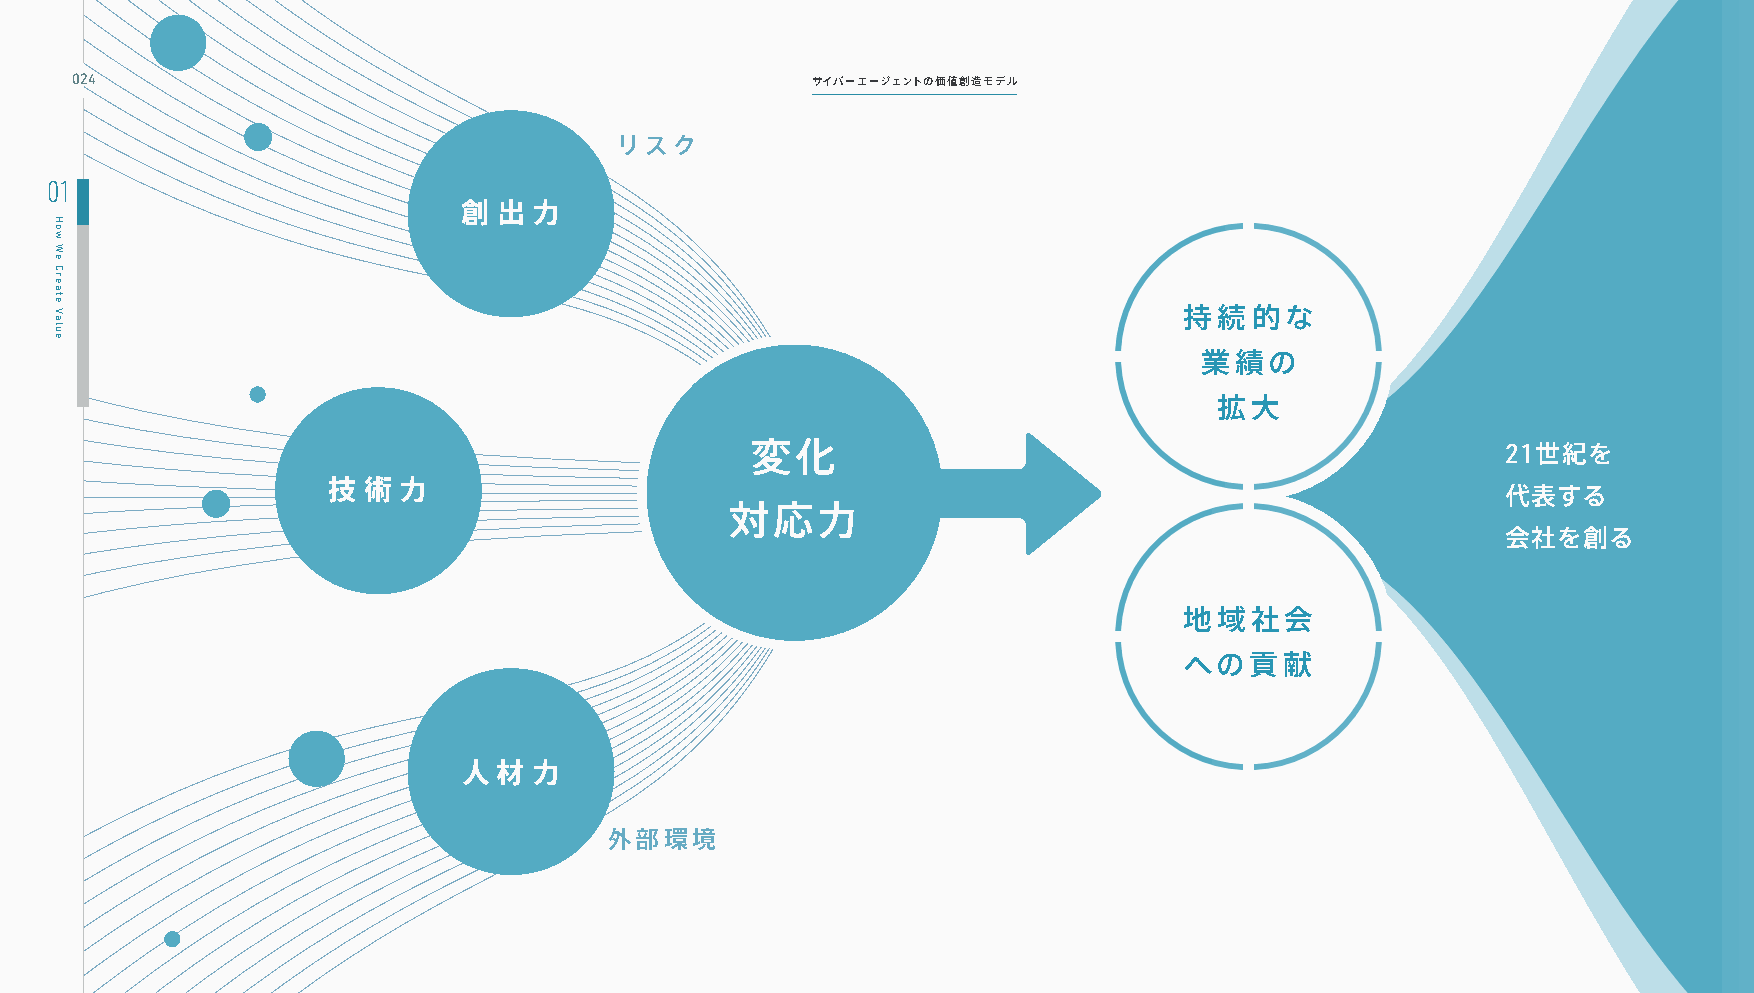
024                                              サイバーエージェントの価値創造モデル
 リスク
 01
 創 出 力
 持続的な
 業績の
 拡大
 変化                                                21世紀を
 技 術 力
 代表する
 対応力
 会社を創る
 地域社会
 への貢献
 人材  力
 外部環境
 How
 We
 Create
 Value